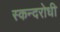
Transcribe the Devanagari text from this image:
स्कन्दरोधी